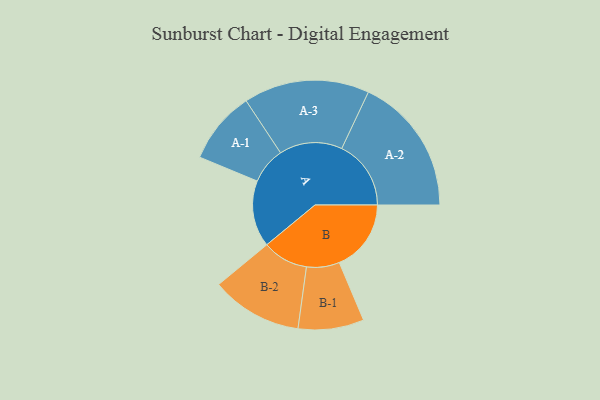
{"axis": {"x": "Segment", "y": "Value"}, "legend": ["", "A", "B"], "data": [{"x": "A", "y": 208, "type": ""}, {"x": "B", "y": 225, "type": ""}, {"x": "A-1", "y": 114, "type": "A"}, {"x": "A-2", "y": 217, "type": "A"}, {"x": "A-3", "y": 197, "type": "A"}, {"x": "B-1", "y": 103, "type": "B"}, {"x": "B-2", "y": 143, "type": "B"}]}